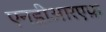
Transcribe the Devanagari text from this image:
एनडीआरएफ़